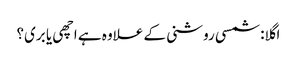
اگلا: شمسی روشنی کے علاوہ ہے اچھی یا بری؟